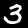
Digit: 3